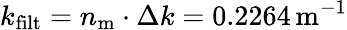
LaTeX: k_{\mathrm{filt}}=n_{\mathrm{m}}\cdot\Delta k=0.2264\, \mathrm{m}^{-1}